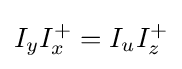
I_{y}I_{x}^{+}=I_{u}I_{z}^{+}